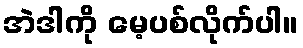
အဲဒါကို မေ့ပစ်လိုက်ပါ။